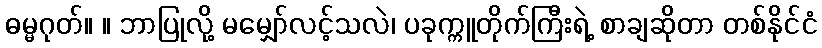
ဓမ္မဂုတ်။ ။ ဘာပြုလို့ မမျှော်လင့်သလဲ၊ ပခုက္ကူတိုက်ကြီးရဲ့ စာချဆိုတာ တစ်နိုင်ငံ